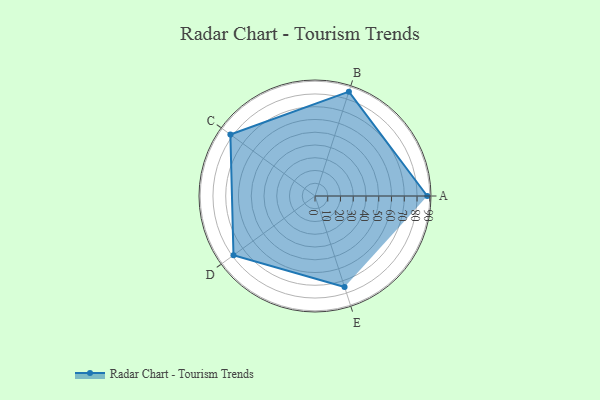
{"axis": {"x": "Skill", "y": "Score"}, "legend": ["Profile"], "data": [{"x": "A", "y": 88.0, "type": "Profile"}, {"x": "B", "y": 86.0, "type": "Profile"}, {"x": "C", "y": 82.0, "type": "Profile"}, {"x": "D", "y": 79.0, "type": "Profile"}, {"x": "E", "y": 75.0, "type": "Profile"}]}